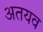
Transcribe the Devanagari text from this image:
अतयव